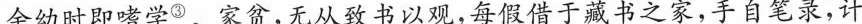
全幼时即嗜学^{③}。家贫,无从致书以观，每假借于藏书之家,手自笔录,计